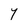
Character: Y